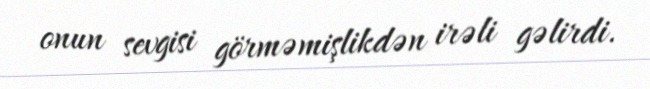
onun sevgisi görməmişlikdən irəli gəlirdi.